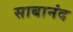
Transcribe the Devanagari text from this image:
साबानंद